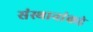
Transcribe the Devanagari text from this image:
संस्थानांकडे